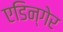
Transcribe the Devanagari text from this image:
एडिन्गेर